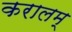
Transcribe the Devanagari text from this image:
करालम्